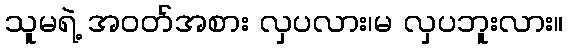
သူမရဲ့ အဝတ်အစား လှပလား၊မ လှပဘူးလား။